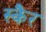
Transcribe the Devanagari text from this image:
स्कैर